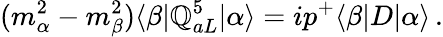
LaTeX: (m_{\alpha}^{2}-m_{\beta}^{2})\langle\beta|\mathbb{Q}_{aL}^{5}|\alpha\rangle=ip^{+}\langle\beta|D|\alpha\rangle\, .